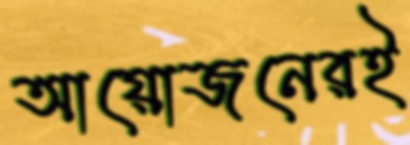
আয়োজনেরই